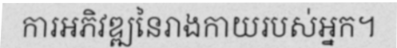
ការអភិវឌ្ឍនៃរាងកាយរបស់អ្នក។